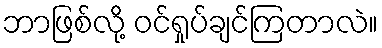
ဘာဖြစ်လို့ ဝင်ရှုပ်ချင်ကြတာလဲ။